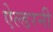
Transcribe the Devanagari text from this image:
ऐल्डरनी